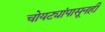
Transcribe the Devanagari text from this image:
चोयट्यांपासूनही